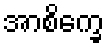
အာစိက္ခေ